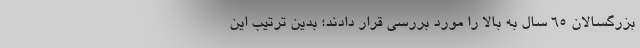
بزرگسالان ۶۵ سال به بالا را مورد بررسی قرار دادند؛ بدین ترتیب این